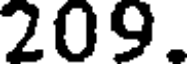
209.